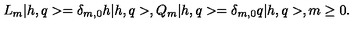
L _ { m } | h , q > = \delta _ { m , 0 } h | h , q > , Q _ { m } | h , q > = \delta _ { m , 0 } q | h , q > , m \geq 0 .